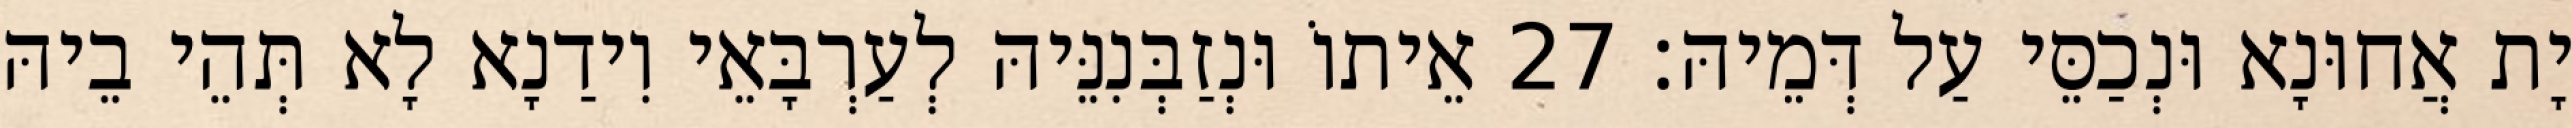
יָת אֲחוּנָא וּנְכַסֵּי עַל דְּמֵיהּ׃ 27 אֵיתוֹ וּנְזַבְּנִנֵּיהּ לְעַרְבָּאֵי וִידַנָא לָא תְּהֵי בֵיהּ